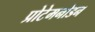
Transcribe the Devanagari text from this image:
प्रोटेमनोडन